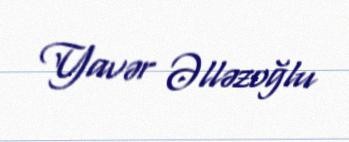
Yavər Əlləzoğlu